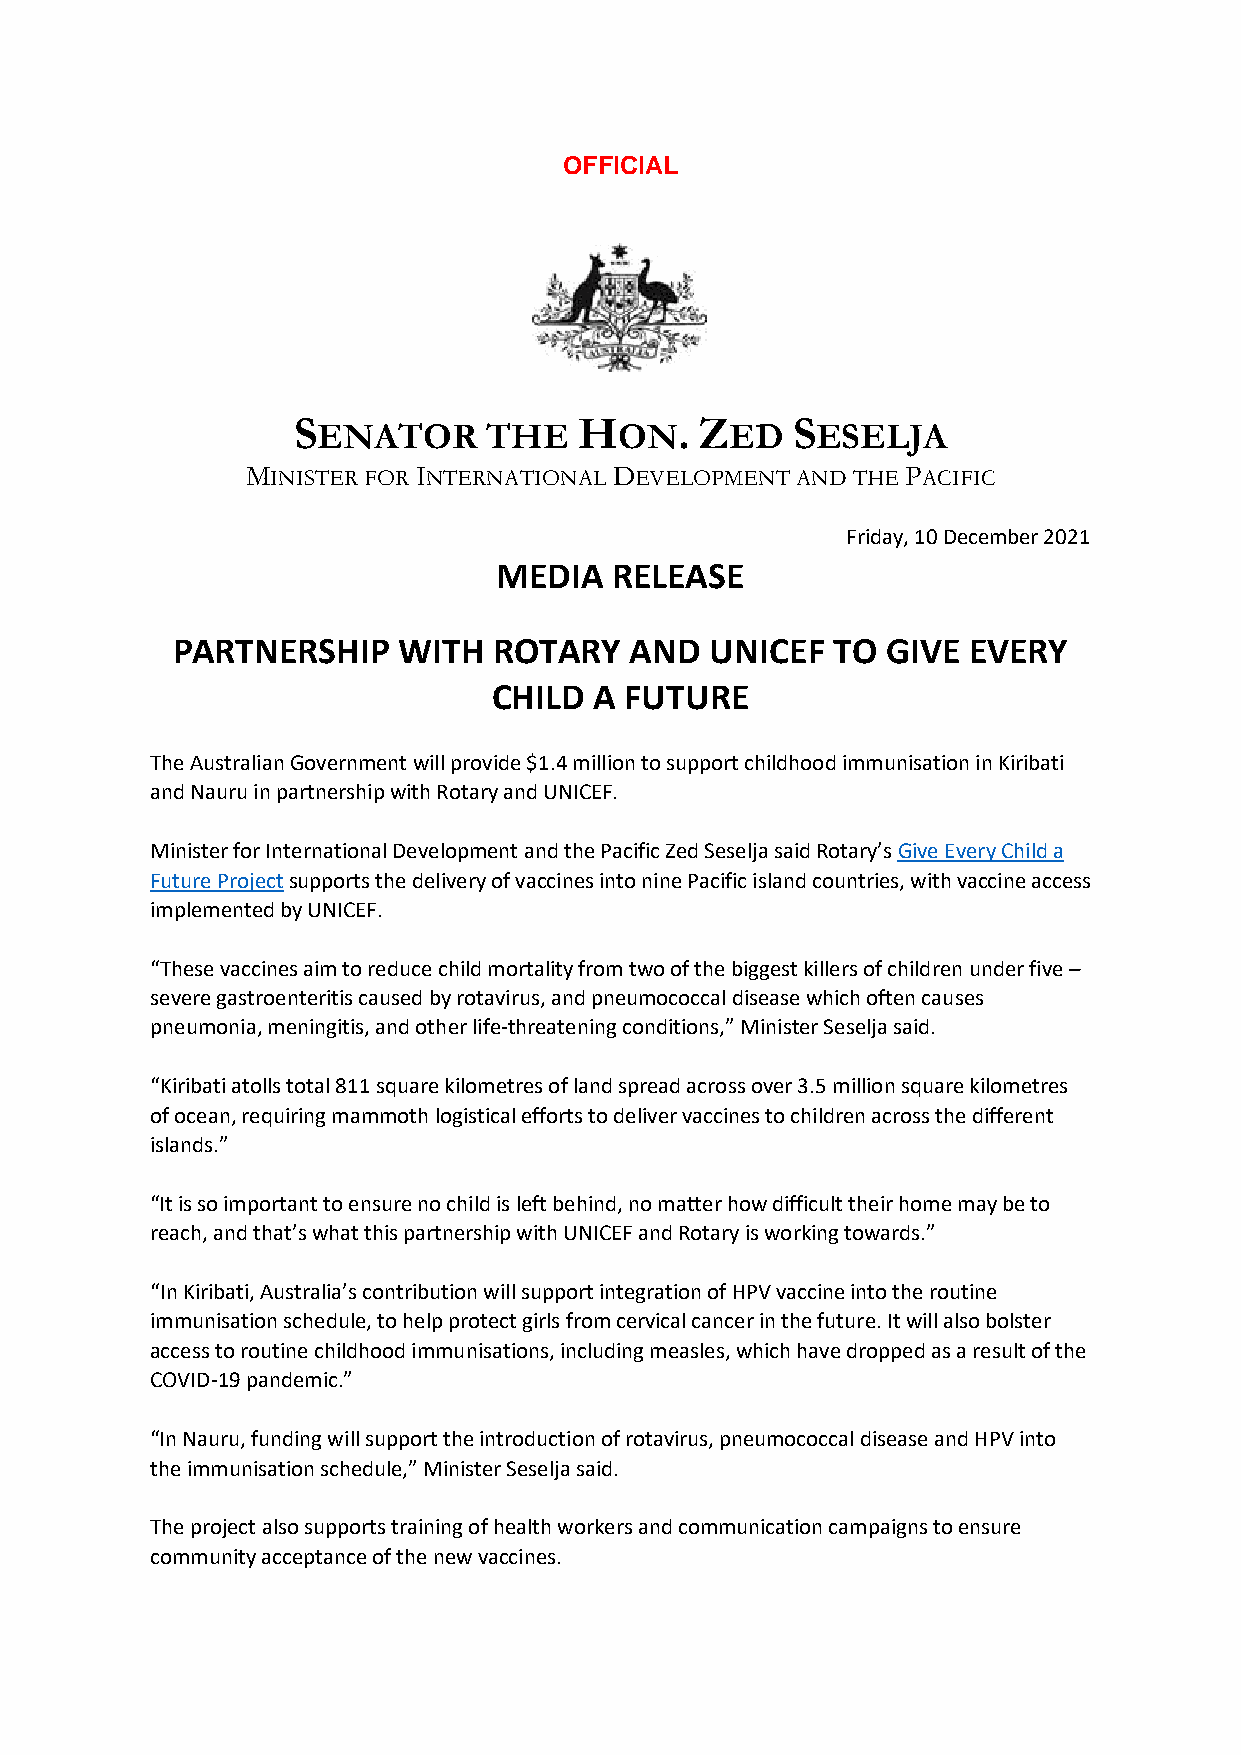
OFFICIAL
 S                  H      . Z    S
 ENATOR     THE      ON     ED    ESELJA
 MINISTER FOR INTERNATIONAL DEVELOPMENT AND THE PACIFIC
 Friday, 10 December 2021
 MEDIA   RELEASE
 PARTNERSHIP    WITH   ROTARY   AND  UNICEF  TO  GIVE EVERY
 CHILD A FUTURE
 The Australian Government will provide $1.4 million to support childhood immunisation in Kiribati
 and Nauru in partnership with Rotary and UNICEF.
 Minister for International Development and the Pacific Zed Seselja said Rotary’s Give Every Child a
 Future Project supports the delivery of vaccines into nine Pacific island countries, with vaccine access
 implemented by UNICEF.
 “These vaccines aim to reduce child mortality from two of the biggest killers of children under five –
 severe gastroenteritis caused by rotavirus, and pneumococcal disease which often causes
 pneumonia, meningitis, and other life-threatening conditions,” Minister Seselja said.
 “Kiribati atolls total 811 square kilometres of land spread across over 3.5 million square kilometres
 of ocean, requiring mammoth logistical efforts to deliver vaccines to children across the different
 islands.”
 “It is so important to ensure no child is left behind, no matter how difficult their home may be to
 reach, and that’s what this partnership with UNICEF and Rotary is working towards.”
 “In Kiribati, Australia’s contribution will support integration of HPV vaccine into the routine
 immunisation schedule, to help protect girls from cervical cancer in the future. It will also bolster
 access to routine childhood immunisations, including measles, which have dropped as a result of the
 COVID-19 pandemic.”
 “In Nauru, funding will support the introduction of rotavirus, pneumococcal disease and HPV into
 the immunisation schedule,” Minister Seselja said.
 The project also supports training of health workers and communication campaigns to ensure
 community acceptance of the new vaccines.